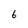
Character: 6